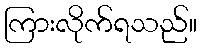
ကြားလိုက်ရသည်။